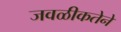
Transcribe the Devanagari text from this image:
जवळीकतेने